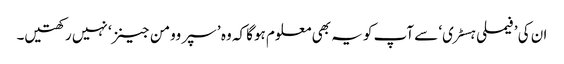
ان کی ’فیملی ہسٹری‘ سے آپ کو یہ بھی معلوم ہوگا کہ وہ ’ سپر وومن جینز‘ نہیں رکھتیں۔